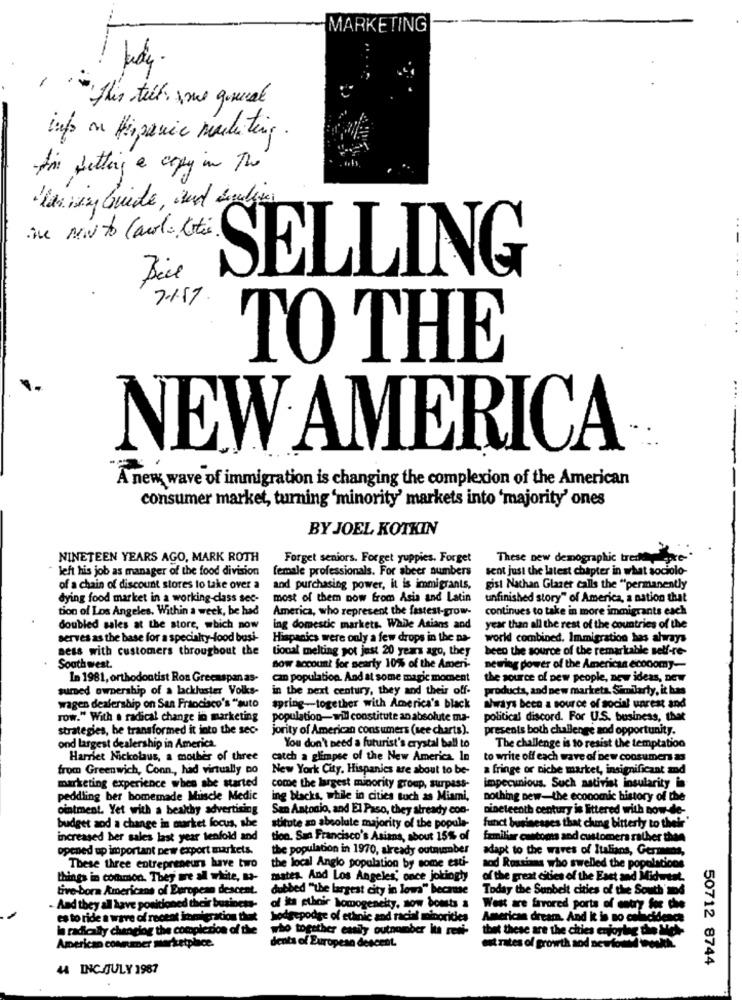
MARKETING
"this tell me general
info on Hispanic marketing .
I'm getting a copy in the
than viny Guide , and delete
SELLING
7.1.17.
TO THE
NEW AMERICA
A new wave of immigration is changing the complexion of the American
consumer market, turning 'minority' markets into 'majority' ones
BY JOEL KOTKIN
NINETEEN YEARS AGO, MARK ROTH
Forget seniors. Forget yuppies. Forget
These new demographic tredthepre-
left his job as manager of the food division
female professionals. For abeer numbers
sent just the latest chapter in what sociolo-
of a chain of discount stores to take over a
and purchasing power, it is immigrants,
gist Nathan Glazer calls the "permanently
dying food market in a working class sec-
most of them now from Asia and Latin
unfinished story" of America, a nation that
tion of Los Angeles. Within a week, be had
America, who represent the fastest-grow-
continues to take in more immigrants each
doubled sales at the store, which now
ing domestic markets. While Asians and
year than all the rest of the countries of the
serves as the base for a specialty-food busi-
Hispanics were only a few drops in the na-
world combined. Immigration has ahrays
aess with customers throughout the
tional melting pot just 20 years ago, they
been the source of the remarkable self-re-
Southwest.
sow account for nearly 10% of the Ameri-
newring power of the Americas economy-
In 1981, orthodontist Ros Greenspan as-
can population. And at some magic moment
the source of pew people, new ideas, new
sumed ownership of a lackluster Volks-
in the next century, they and their off-
products, and new markets. Similarly, it has
wagen dealership on San Francisco's "suto
spring -- together with America's black
always been a source of social unrest and
row." With a radical change in marketing
population- will constitute an absolute ma-
political discord. For U.S. business, thet
strategies, be transformed it into the sec-
jority of American consumers (see charts).
presents both challenge sod opportunity.
ond largest dealership in America.
You don't need a futurist's crystal ball to
The challenge is to resist the temptation
Harriet Nickolaus, a mother of three
catch a glimpse of the New America In
to write off each wave of new consumers as
from Greenwich, Conn ., had virtually no
New York City. Hispanics are about to be-
a fringe or niche market, insignificant and
marketing experience when she started
come the largest minority group, surpass-
impecunious. Such astivist insularity in
peddling ber homemade Muscle Medic
ing backs, while in cities tuch as Miami,
nothing new-the economic history of the
ointment. Yet with a beakby advertising
San Antonio, and El Paso, they already con-
nineteenth century is littered with now-de-
budget aod a change in market focus, she
stitute an absolute majority of the popula-
funct businesses that ching bitterly to their
increased ber sales last year tenfold and
tion. San Francisco's Asians, about 15% of
familiar customs and customers rather than
opened up important pew export markets.
the population in 1970, already outnumber
adapt to the waves of Italians, Germaans
aod Russians who swelled the populations
These three entrepreneurs have two
the local Anglo population by some esti-
things in common. They are all white, B-
mates. And Los Angeles, once jokingly
of the great cities of the East and Midwest.
tive-bora Americans of European descent.
dubbed ""the largest city in lowa" because
Today the Sunbelt cities of the South mod
. And they all have positioned their business-
of its ptboir homogeneity, sow bouts a
West are favored ports of entry for che
es to ride a wave of receat inmigracion that
hodgepodge of ethnic and racial minorities
American dream, And k in no calincidence
In radically changing the completion of the
who together easily outnumber Its reti-
est rates of growth sod newtotw wwk
thet these are the cities enjoying the Me-
American comnummer marketplace.
dents of Europese descent.
50712 8744
44 INC.JULY 1987